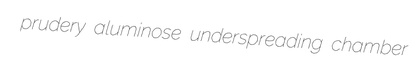
prudery aluminose underspreading chamber